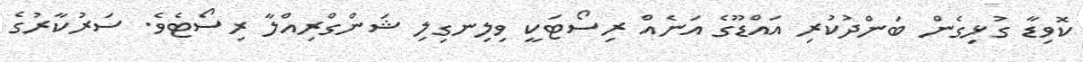
ކޮވިޑާ ގުޅިގެން ބަންދުކުރި އައްޑޫގެ އަނެއް ރިސޯޓަކީ ވިލިނގިލި ޝަންގްރިއްލާ ރިސޯޓެވެ. ސަރުކާރުގެ